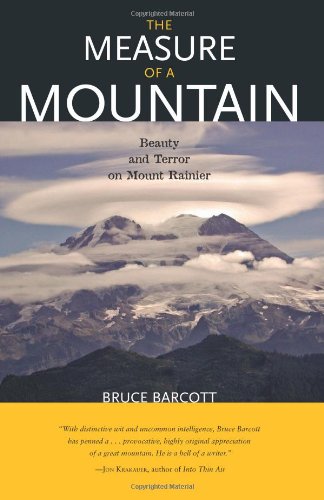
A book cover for Measure of a Mountain: Beauty and Terror on Mount Rainier; Bruce Barcott; Science & Math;